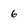
Character: 6